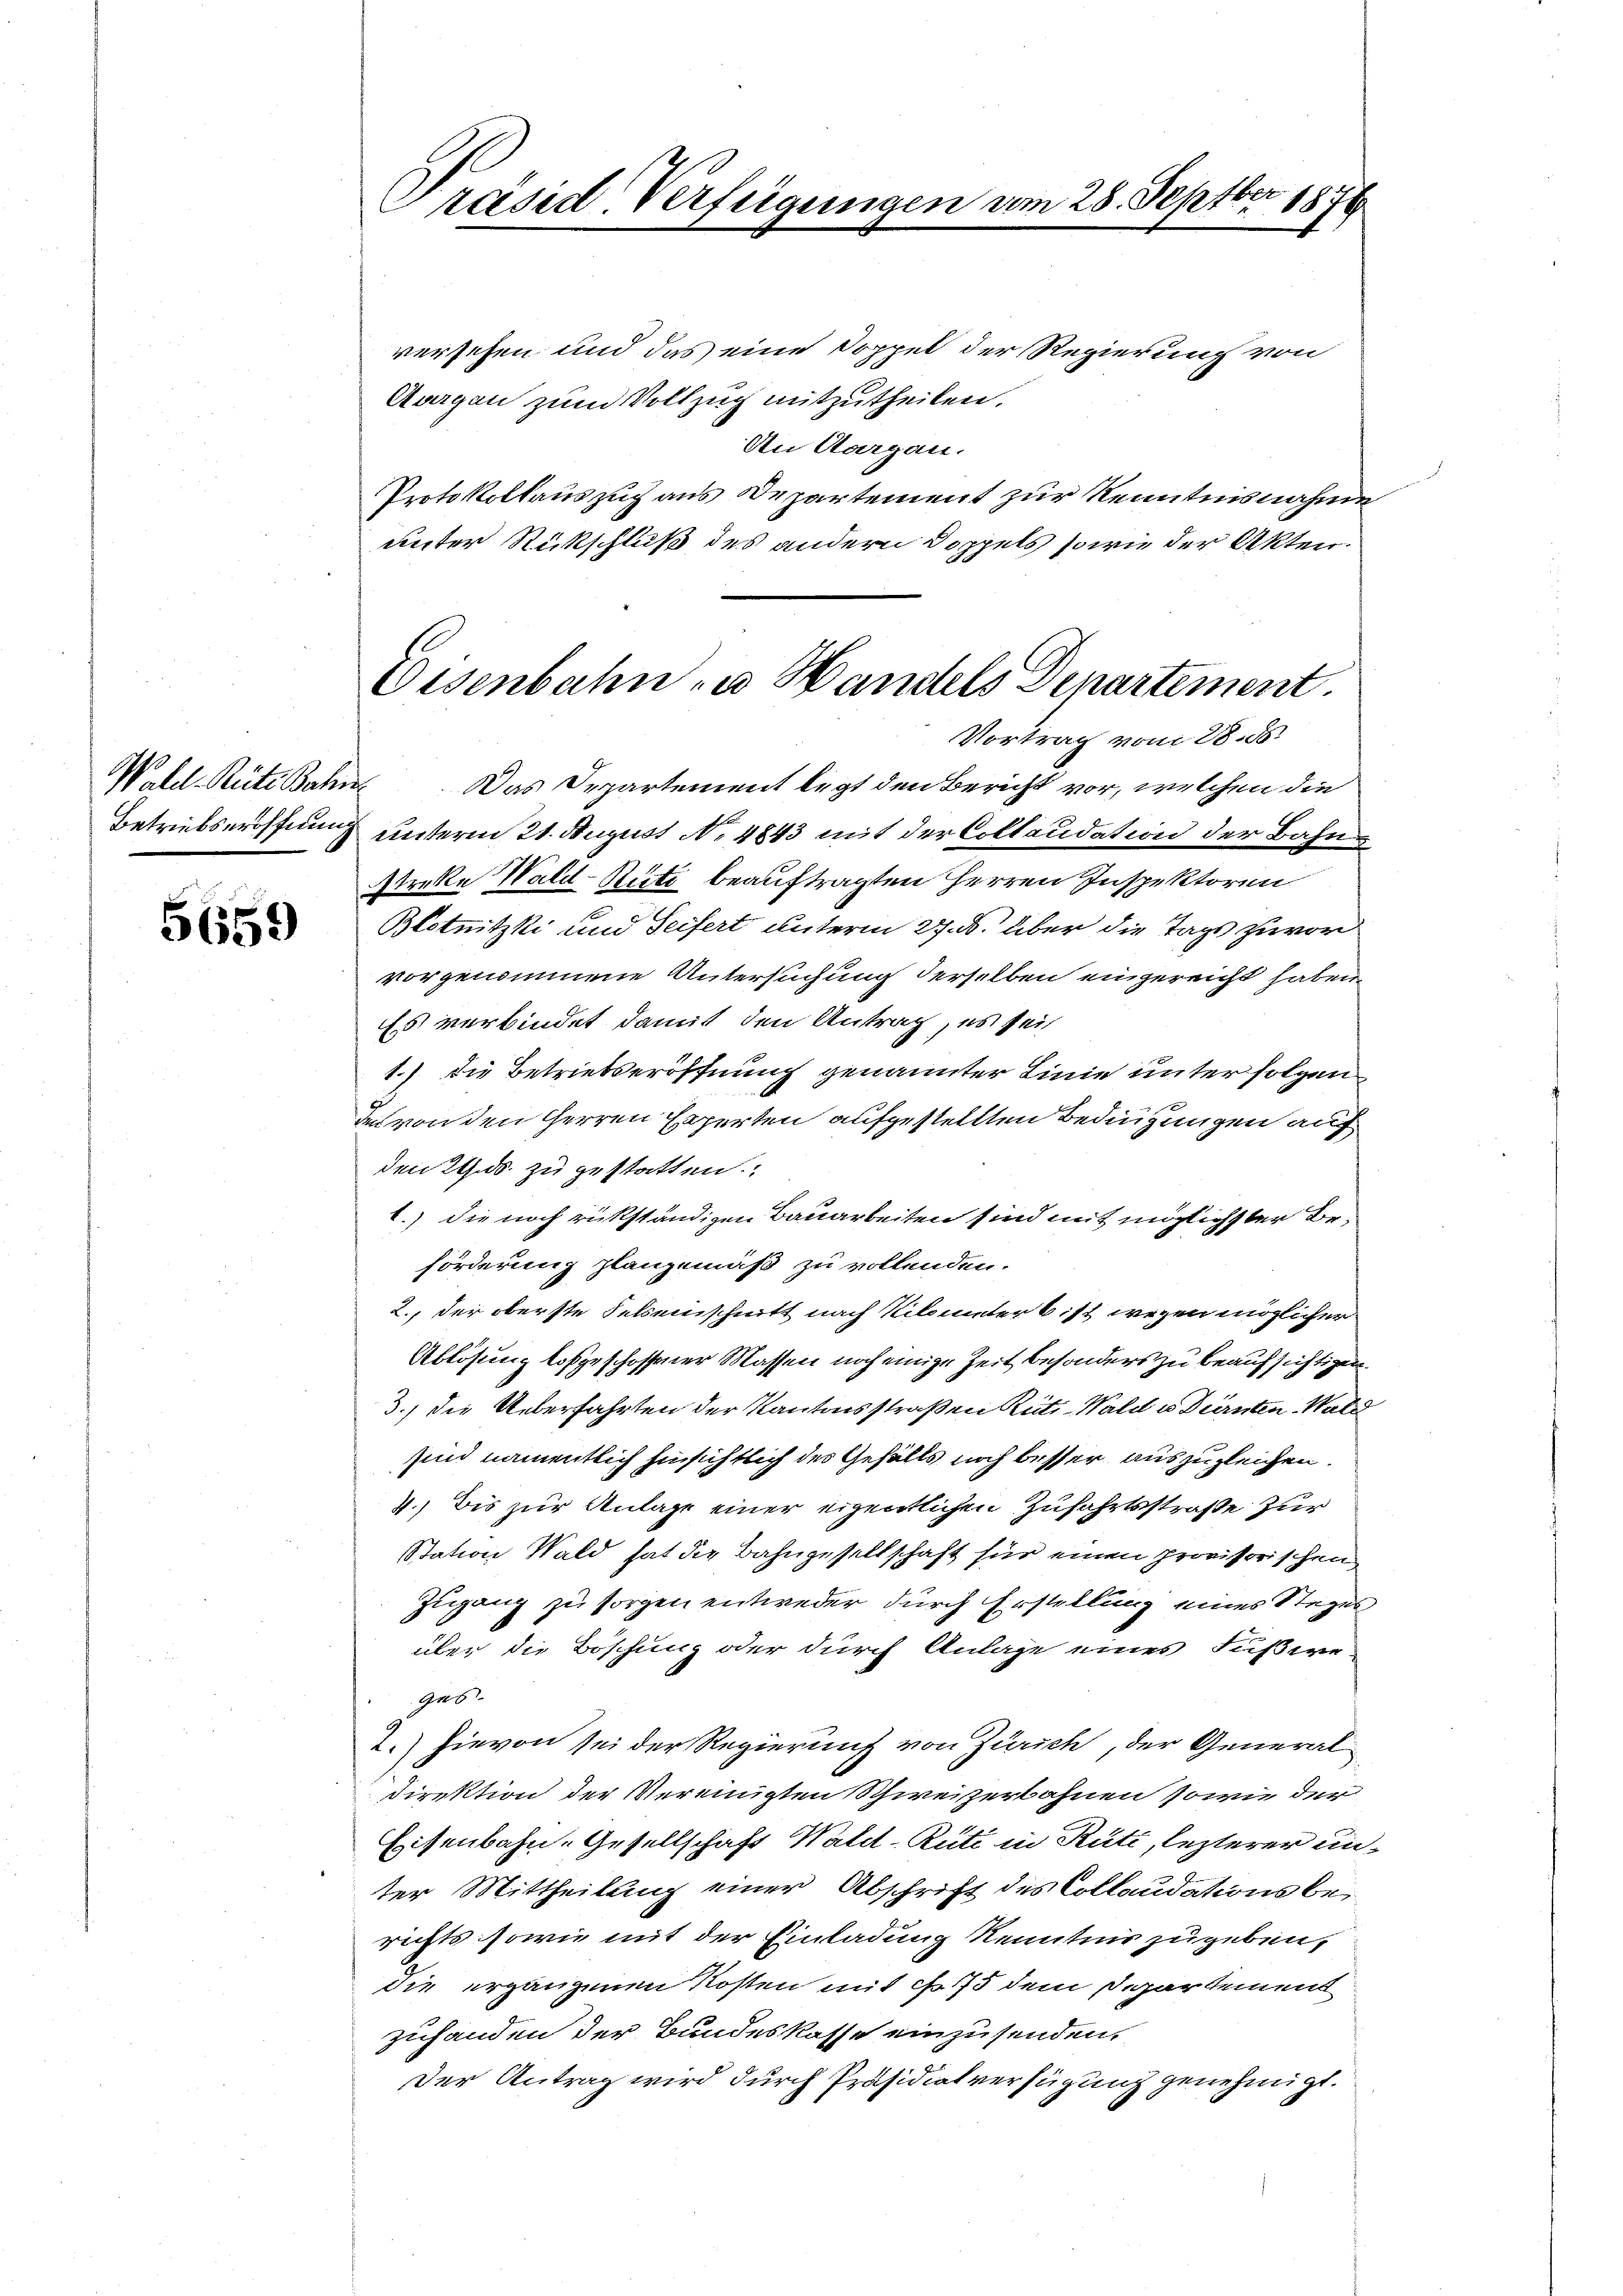
5659

Präsid. Verfügungen vom 28. Septbr 1874.

Disenbahn zu Handels Denartement.

versehen und das eine Doppel der Regierung von
Aargau zum Vollzug mitzutheilen.
An Aargau.
Protokollauszug aus Departement zur Kenntnisnahme
unter Rückschluß des andern Doppels so wie der Akten.
Vortrag vom 28. ds.
Wahl Rüti Bahn. Das Departement legt den Bericht vor, welchen die
Betriebseröffnung unterm 21. August No 4843 mit der Collaudation der Bahnstreke Wald–Rüti beauftragten Herren Inspektoren
Blotnitzki und Seifert unterm 27. ds. über die Tags zuvor
vorgenommene Untersuchung derselben eingereicht haben
Es verbindet damit den Antrag, es sei
1.) Die Betriebseröffnung genannter Linie unter folgen
x
de von den Herren Experten aufgestellten Bedingungen auf
den 29. ds. zu gestatten.
1.) die noch rückständigen Bauarbeiten sind mit möglichster Beförderung plangemäß zu vollenden.
2., der oberste Felsenschnitt nach Kilometer bist wegen möglicher
Ablösung losgeschossener Massen noch einige Zeit besonders zu beaufsichtigen.
3.) die Überfahrten der Kantonsstraßen Rüti-Wald u Dürnten Wald
sind namentlich hinsichtlich des Gefälls noch besser auszugleichen.
4.) Bis zur Anlage einer eigentlichen Zufahrtsstraße zur
Station Wald hat die Bahngesellschaft für einen provisorischen
Zugang zu sorgen entweder durch Erstellung eines Steges
über die Böschung oder durch Anlage eines Fußere
946
2.) Hievon sei der Regierung von Zürich, der General-
Direktion der Vereinigten Schweizerbahnen sowie der
Eisenbahn-Gesellschaft Wald–Rüti in Rüti, lezterer unter Mittheilung einer Abschrift des Collaudationsberichts sowie mit der Einladung Kenntnis zugeben,
die ergangenen Kosten mit Fr. 175 dem Departement
zuhanden der Bundeskasse einzusenden,
Der Antrag wird durch Präsidiat verfügung genehmigt.